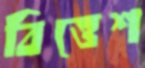
বিত্তেশ